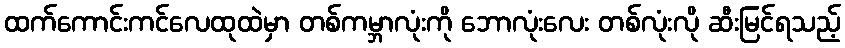
ထက်ကောင်းကင်လေထုထဲမှာ တစ်ကမ္ဘာလုံးကို ဘောလုံးလေး တစ်လုံးလို ဆီးမြင်ရသည့်